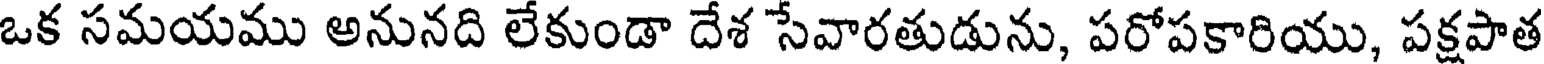
ఒక సమయము అనునది లేకుండా దేశ సేవారతుడును, పరోపకారియు, పక్షపాత